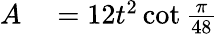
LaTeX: \begin{array}{rl}{A}&{{}=12t^{2}\cot{\frac{\pi}{48}}}\end{array}